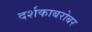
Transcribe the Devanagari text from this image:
दर्शकाबरोबर